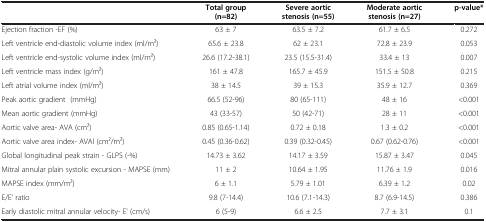
<table><thead><tr><td><b> </b></td><td><b>Total group (n=82)</b></td><td><b>Severe aortic stenosis (n=55)</b></td><td><b>Moderate aortic stenosis (n=27)</b></td><td><b>p-value*</b></td></tr></thead><tbody><tr><td>Ejection fraction -EF (%)</td><td>63 ± 7</td><td>63.5 ± 7.2</td><td>61.7 ± 6.5</td><td>0.272</td></tr><tr><td>Left ventricle end-diastolic volume index (ml/m2)</td><td>65.6 ± 23.8</td><td>62 ± 23.1</td><td>72.8 ± 23.9</td><td>0.053</td></tr><tr><td>Left ventricle end-systolic volume index (ml/m2)</td><td>26.6 (17.2-38.1)</td><td>23.5 (15.5-31.4)</td><td>33.4 ± 13</td><td>0.007</td></tr><tr><td>Left ventricle mass index (g/m2)</td><td>161 ± 47.8</td><td>165.7 ± 45.9</td><td>151.5 ± 50.8</td><td>0.215</td></tr><tr><td>Left atrial volume index (ml/m2)</td><td>38 ± 14.5</td><td>39 ± 15.3</td><td>35.9 ± 12.7</td><td>0.369</td></tr><tr><td>Peak aortic gradient (mmHg)</td><td>66.5 (52-96)</td><td>80 (65-111)</td><td>48 ± 16</td><td>&lt;0.001</td></tr><tr><td>Mean aortic gradient (mmHg)</td><td>43 (33-57)</td><td>50 (42-71)</td><td>28 ± 11</td><td>&lt;0.001</td></tr><tr><td>Aortic valve area- AVA (cm2)</td><td>0.85 (0.65-1.14)</td><td>0.72 ± 0.18</td><td>1.3 ± 0.2</td><td>&lt;0.001</td></tr><tr><td>Aortic valve area index- AVAI (cm2/m2)</td><td>0.45 (0.36-0.62)</td><td>0.39 (0.32-0.45)</td><td>0.67 (0.62-0.76)</td><td>&lt;0.001</td></tr><tr><td>Global longitudinal peak strain - GLPS (-%)</td><td>14.73 ± 3.62</td><td>14.17 ± 3.59</td><td>15.87 ± 3.47</td><td>0.045</td></tr><tr><td>Mitral annular plain systolic excursion - MAPSE (mm)</td><td>11 ± 2</td><td>10.64 ± 1.95</td><td>11.76 ± 1.9</td><td>0.016</td></tr><tr><td>MAPSE index (mm/m2)</td><td>6 ± 1.1</td><td>5.79 ± 1.01</td><td>6.39 ± 1.2</td><td>0.02</td></tr><tr><td>E/E’ ratio</td><td>9.8 (7-14.4)</td><td>10.6 (7.1-14.3)</td><td>8.7 (6.9-14.5)</td><td>0.386</td></tr><tr><td>Early diastolic mitral annular velocity- E’ (cm/s)</td><td>6 (5-9)</td><td>6.6 ± 2.5</td><td>7.7 ± 3.1</td><td>0.1</td></tr></tbody></table>